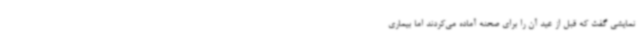
نمایشی گفت که قبل از عید آن را برای صحنه آماده می‌کردند اما بیماری